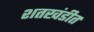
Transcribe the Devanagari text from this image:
शतखंडीत